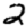
Digit: 2